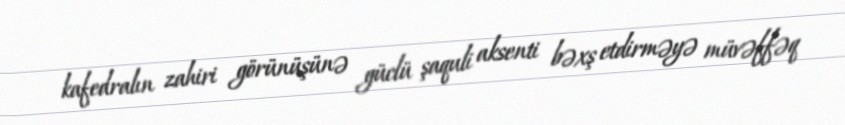
kafedralın zahiri görünüşünə güclü şaquli aksenti bəxş etdirməyə müvəffəq